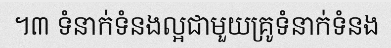
។៣ ទំនាក់ទំនងល្អជាមួយគ្រូទំនាក់ទំនង